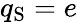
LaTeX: q_{\mathrm{S}}=e